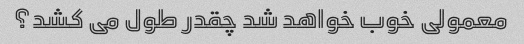
معمولی خوب خواهد شد چقدر طول می کشد؟